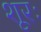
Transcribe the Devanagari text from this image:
शूरः